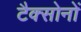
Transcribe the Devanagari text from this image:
टैक्सोनों